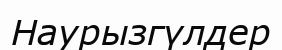
Наурызгүлдер